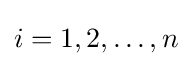
i=1,2,\dots ,n